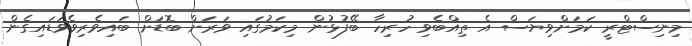
މިނިސްޓްރީ ކަމަށްވިޔަސް އެ ތިއްބެވި ހުރިހާ ބޭފުޅުން މިކަމުގައި ވަރަށް ބޮޑަށް ބައިވެރިވެވަޑައިގެން